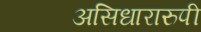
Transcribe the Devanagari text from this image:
असिधारारुपी